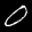
Label: 0